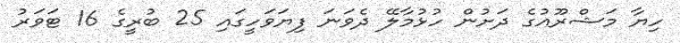
ހިޔާ މަޝްރޫއުގެ ދަށުން ހުޅުމާލޭ ދެވަނަ ފިޔަވަހީގައި 25 ބުރީގެ 16 ޓަވަރު